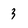
Character: 3